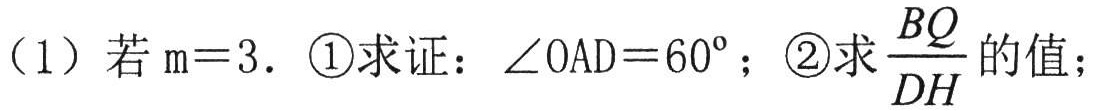
（1）若$\mathrm{m}=3$．\textcircled{1}求证：$\angle OAD = 60^{\circ}$；\textcircled{2}求$\frac{BQ}{DH}$的值；